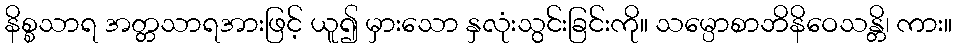
နိစ္စသာရ အတ္တသာရအားဖြင့် ယူ၍ မှားသော နှလုံးသွင်းခြင်းကို။ သမ္ပောစာဘိနိဝေသန္တိ၊ ကား။